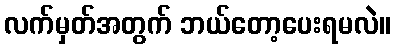
လက်မှတ်အတွက် ဘယ်တော့ပေးရမလဲ။